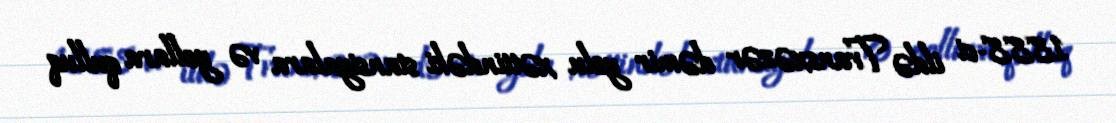
1888-ci ildə Transxəzər dəmir yolu xəttindəki stansiyalara və yollara qulluq